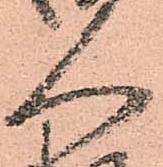
人